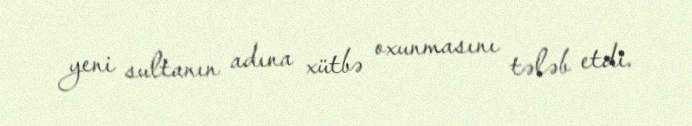
yeni sultanın adına xütbə oxunmasını tələb etdi.